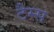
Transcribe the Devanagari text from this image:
टैम्स